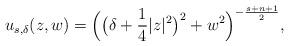
LaTeX: \begin{align*}u_{s,\delta}(z,w)=\Big(\big(\delta+\frac{1}{4}|z|^2\big)^2+w^2\Big)^{-\frac{s+n+1}{2}},\end{align*}